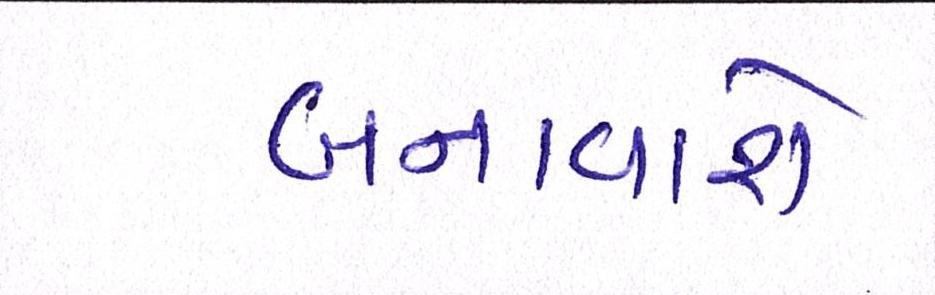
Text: બનાવાશે